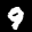
Label: 9